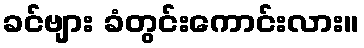
ခင်ဗျား ခံတွင်းကောင်းလား။